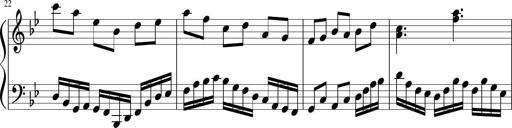
Title: Sonatina in F major
Composer: Ethan Ngo
Key: F major